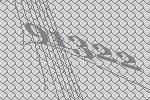
91322